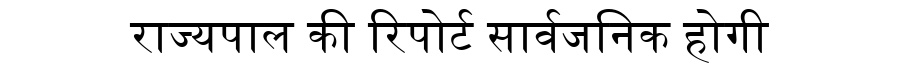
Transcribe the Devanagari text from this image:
राज्यपाल की रिपोर्ट सार्वजनिक होगी